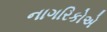
નાગરિકોએ